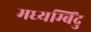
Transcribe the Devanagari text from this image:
मध्यम्बिंदु